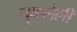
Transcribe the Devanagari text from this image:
चुकलेली